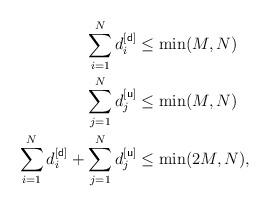
LaTeX: \begin{align*} \sum_{i=1}^{N}d^{[{\sf d}]}_i&\leq \min(M,N)\\\sum_{j=1}^{N}d^{[{\sf u}]}_j&\leq \min(M,N)\\\sum_{i=1}^{N}d^{[{\sf d}]}_i+\sum_{j=1}^{N}d^{[{\sf u}]}_j&\leq\min(2M,N),\end{align*}